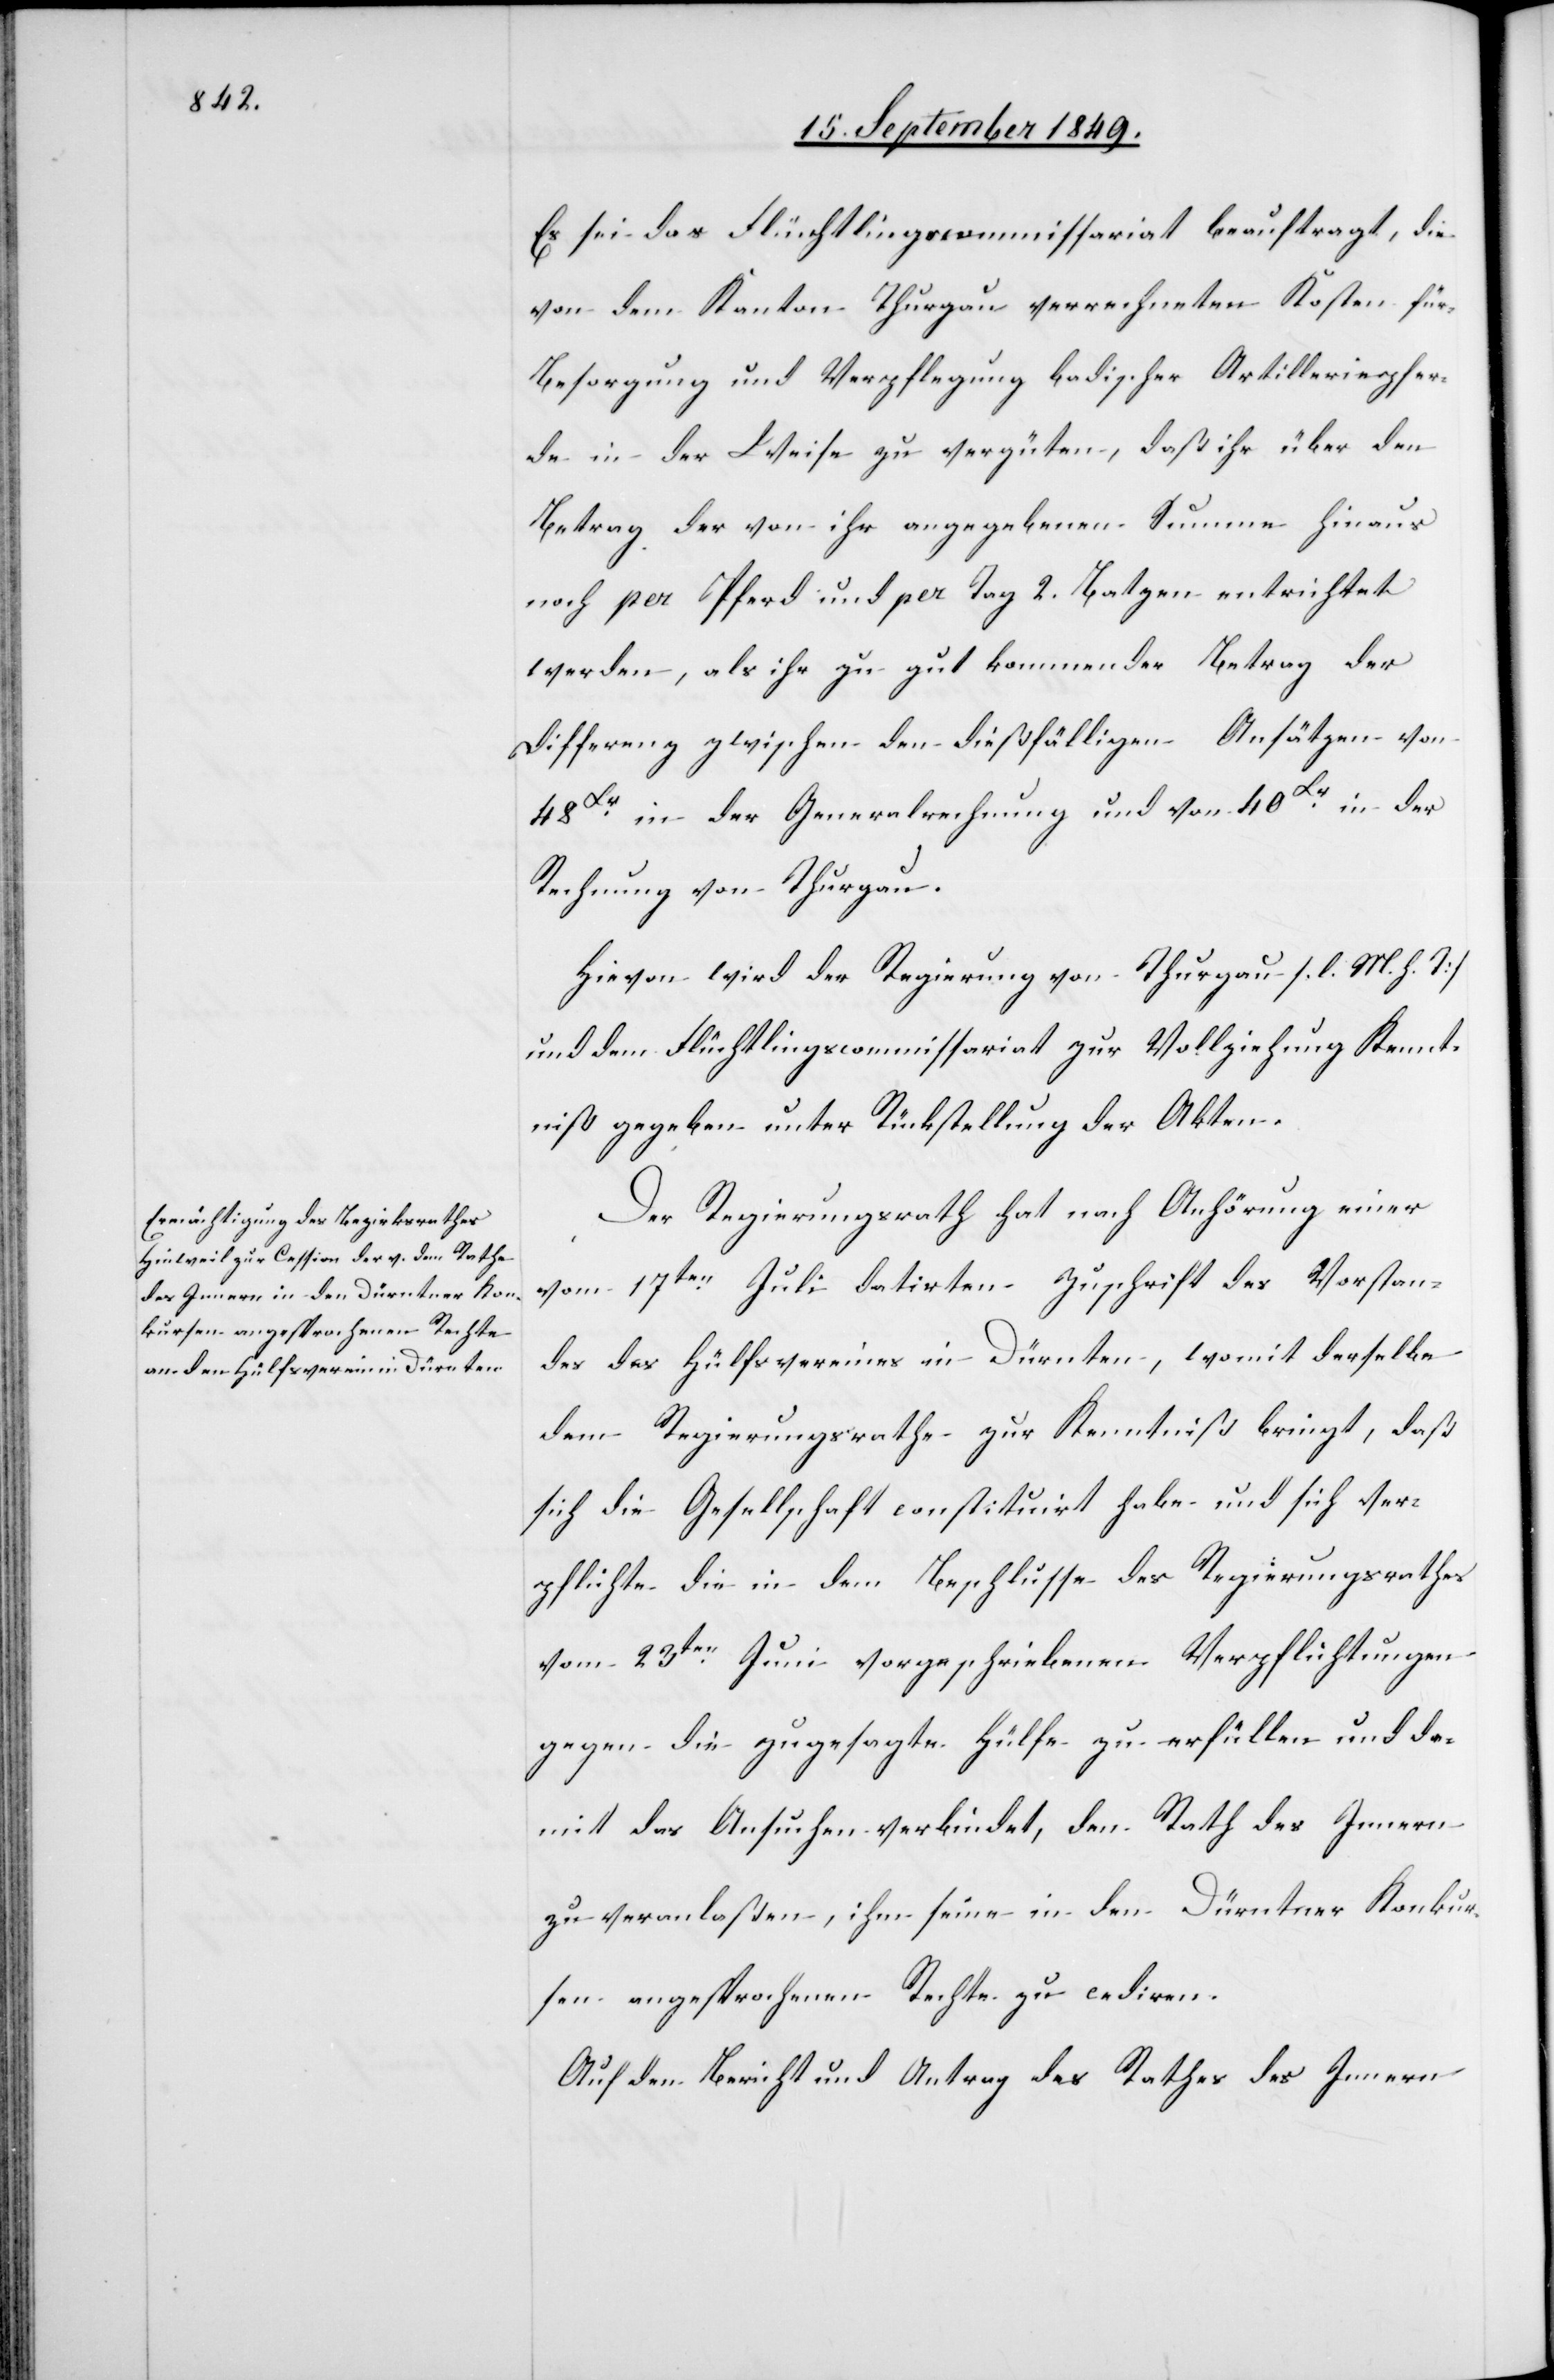
Es sei das Flüchtlingscommissariat beauftragt, die
von dem Kanton Thurgau verrechneten Kosten für
Besorgung und Verpflegung badischer Artilleriepfer¬
de in der Weise zu vergüten, daß ihr über den
Betrag der von ihr angegebenen Summe hinaus
noch per Pferd und per Tag 2. Batzen entrichtet
werden, als ihr zu gut kommender Betrag der
Differenz zwischen den dießfälligen Ansätzen von
48 Xr. in der Generalrechnung und von 40 Xr. in der
Rechnung von Thurgau.
Hievon wird der Regierung von Thurgau [l. M. h. T]
und dem Flüchtlingscommissariat zur Vollziehung Kennt¬
niß gegeben unter Rückstellung der Akten.
Der Regierungsrath hat nach Anhörung einer
vom 17ten Juli datirten Zuschrift des Vorstan¬
des des Hülfsvereines in Dürnten, womit derselbe
dem Regierungsrathe zur Kenntniß bringt, daß
sich die Gesellschaft constituirt habe und sich ver¬
pflichte die in dem Beschlusse des Regierungsrathes
vom 23ten Juni vorgeschriebenen Verpflichtungen
gegen die zugesagte Hülfe zu erfüllen und da¬
mit das Ansuchen verbindet, den Rath des Innern
zu veranlaßen, ihm seine in den Dürntner Konkur¬
sen angesprochenen Rechte zu cediren.
Auf den Bericht und Antrag des Rath des Innern